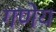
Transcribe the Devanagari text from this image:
गणेय